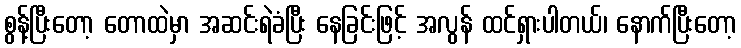
စွန့်ပြီးတော့ တောထဲမှာ အဆင်းရဲခံပြီး နေခြင်းဖြင့် အလွန် ထင်ရှားပါတယ်၊ နောက်ပြီးတော့